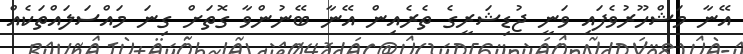
އޭނާ މަޝްހޫރުވެފައި ވަނީ ޖުޑިޝަރީގެ ތެރެއިން އޭނާ ބޭނުންވާ ގޮތަށް ގިނަ މައްސަލައްތަކެއް